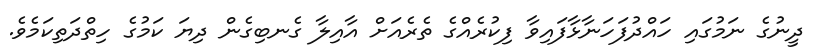
ދީނުގެ ނަމުގައި ހައްދުފަހަނާޅާފައިވާ ފިކުރެއްގެ ތެރެއަށް އާއިލާ ގެނބިގެން ދިޔަ ކަމުގެ ހިތްދަތިކަމެވެ.